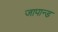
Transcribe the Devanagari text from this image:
जापान्ड